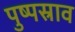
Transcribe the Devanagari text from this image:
पुष्पस्राव